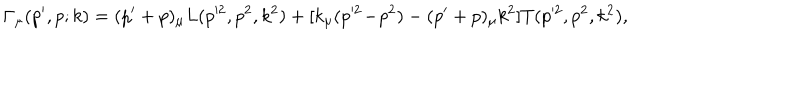
\Gamma _ { \mu } ( p ^ { \prime } , p ; k ) = ( p ^ { \prime } + p ) _ { \mu } L ( p ^ { 2 } , p ^ { 2 } , k ^ { 2 } ) + [ k _ { \mu } ( p ^ { 2 } \! - \! p ^ { 2 } ) - ( p ^ { \prime } + p ) _ { \mu } k ^ { 2 } ] T ( p ^ { 2 } , p ^ { 2 } , k ^ { 2 } ) ,